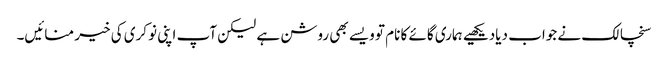
سنچالک نے جواب دیادیکھیے ہماری گائے کا نام تو ویسے بھی روشن ہے لیکن آپ اپنی نوکری کی خیر منائیں۔